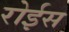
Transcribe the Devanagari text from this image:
रोईस